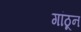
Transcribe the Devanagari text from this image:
गांठून